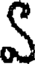
S